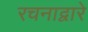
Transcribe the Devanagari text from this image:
रचनाद्वारे